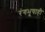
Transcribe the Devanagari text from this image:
रंगभूषाही